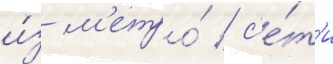
и́з м'етро́ / с'е́т'и